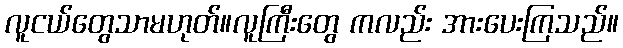
လူငယ်တွေသာမဟုတ်။လူကြီးတွေ ကလည်း အားပေးကြသည်။